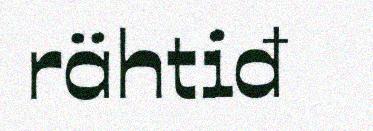
rähtiđ